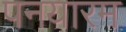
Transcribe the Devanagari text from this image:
पनयारम